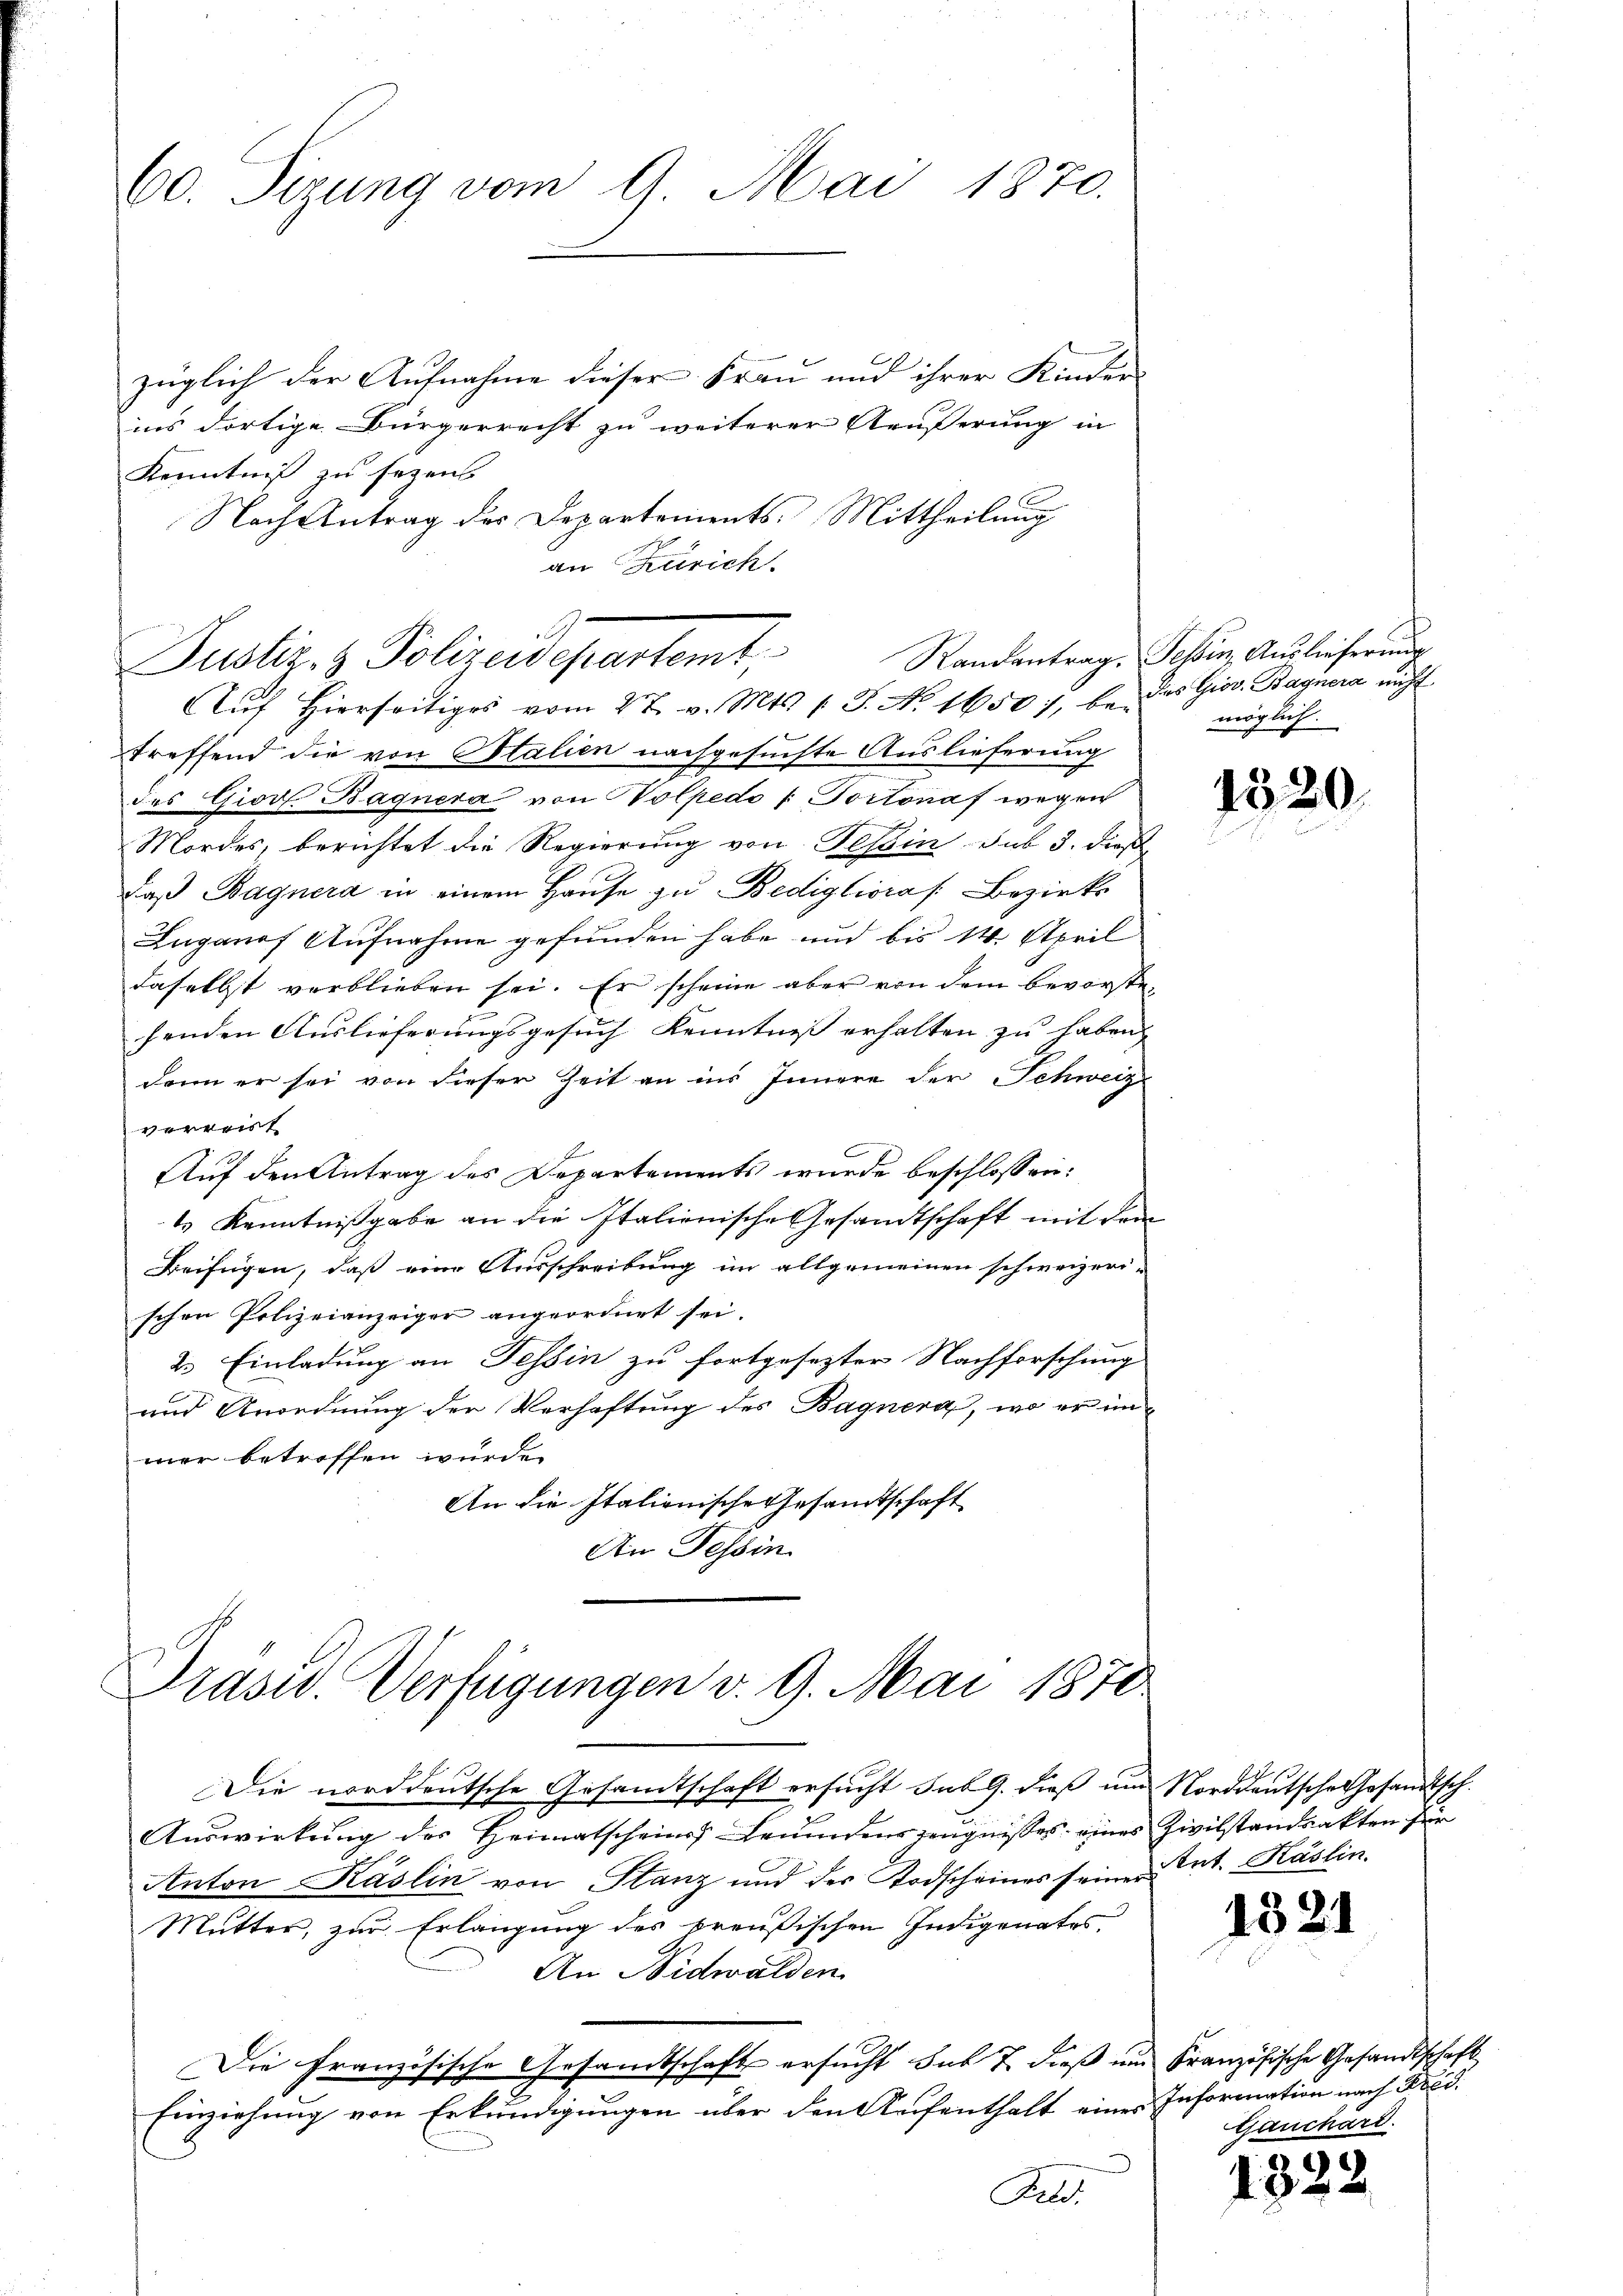
züglich der Aufnahme dieser Frau und ihrer Kinder-
ins dortige Bürgerrecht zu weiterer Äußerung in
Kenntniß zu sezen.
Nach Antrag des Departements-Mittheilung
an Zürich.
Aŭf Hierseitiges vom 27. v. Mts. s. S. No. 1650 7, bei das Giov. Bagnera nicht
treffend die von Italien nachgesuchte Auslieferung
des Giovt. Bagnera von Nolpedo / Portonaf wegen
Mordes, berichtet die Regierung von Tessin sub 3. dieß
daß Bagnera in einem Hause zu Bediglioras Bezirks
Luganof Aufnahme gefunden habe und bis 14. April
daselbst verblieben sei. Er scheine aber von dem bevorstefenden Auslieferungsgesuch Kenntniss erhalten zu haben,
dann er sei von dieser Zeit an ins Innern der Schweiz
e
Auf den Antrag des Departements wurde beschlossen:
4.) Kenntnißgabe an die Italienische Gesandtschaft mit dem
Beifügen, daß eine Ausschreibung im allgemeinen schweizeri-
schen Polizeianzeiger angeordnet sei.
2. Einladung an Tessin zu fortgesezter Nachforschung
und Anordnung der Verhaftung des Bagner, wo er im
mer betroffen würde.
An die Italienische Gesamtschaft
An Tessin
Prasw. Verfügungen v. 9. Mai 1870
Die norddeutsche Gesamtschaft ersucht sub 9. dieß um Norddeutsche Gesandtsch.
Auswirkung des Heimatscheins Leumdenszeugnisses eines Zivilstandsakten für
Anton Käslin von Stanz und der Todscheines seine Ant. Käslin.
Mutter, zur Erlangung des breußischen Indigenates,
An Nidwalden
Die Französische Gesandtschaft ersucht sub 7. dieß um Französische Gesandtschaft
Einziehung von Erkundigungen über den Aufenthalt eines Information nach Kred
Beldt

60. Sirung vom 9. Mai 1870.

Justiz- & Polizeidepartemt, Randantrag Schur, Auslieferung

möglich.

1520

1821

Gauchard.

1325